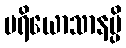
ပရိယောသာနမ္ပိ